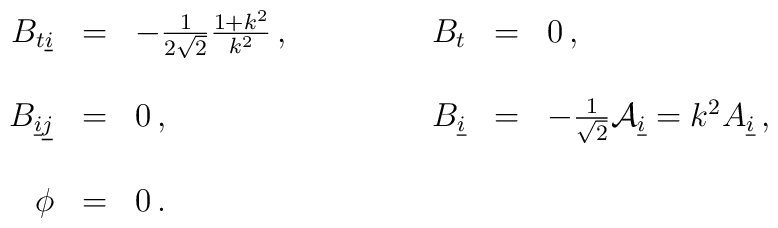
\begin{array}{rclrcl}B_{t\underline{i}} & = & -\frac{1}{2\sqrt{2}}\frac{1+k^{2}}{k^{2}}\,,\hspace{1.5cm}& B_{t} & = & 0\, ,\\& & & & &\\B_{\underline{i}\underline{j}} & = & 0\, ,&B_{\underline{i}} & = & -\frac{1}{\sqrt{2}}{\cal A}_{\underline{i}}=k^{2}A_{\underline{i}}\, ,\\& & & & &\\\phi & = & 0\, .& & &\end{array}